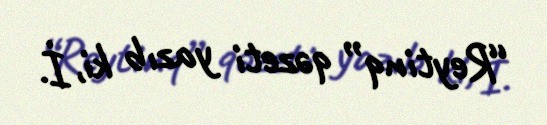
“Reytinq” qəzeti yazıb ki, İ.